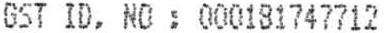
GST ID. NO : 000181747712